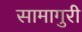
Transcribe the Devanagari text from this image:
सामागुरी